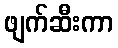
ဖျက်ဆီးကာ